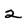
Character: 2